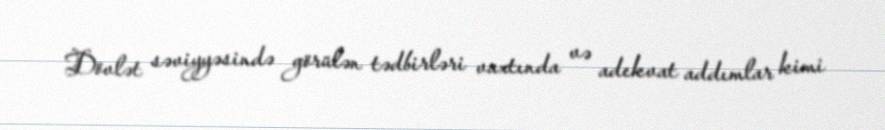
Dövlət səviyyəsində görülən tədbirləri vaxtında və adekvat addımlar kimi